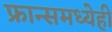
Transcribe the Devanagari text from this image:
फ्रान्समध्येही